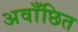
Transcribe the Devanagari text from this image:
अवाँछित